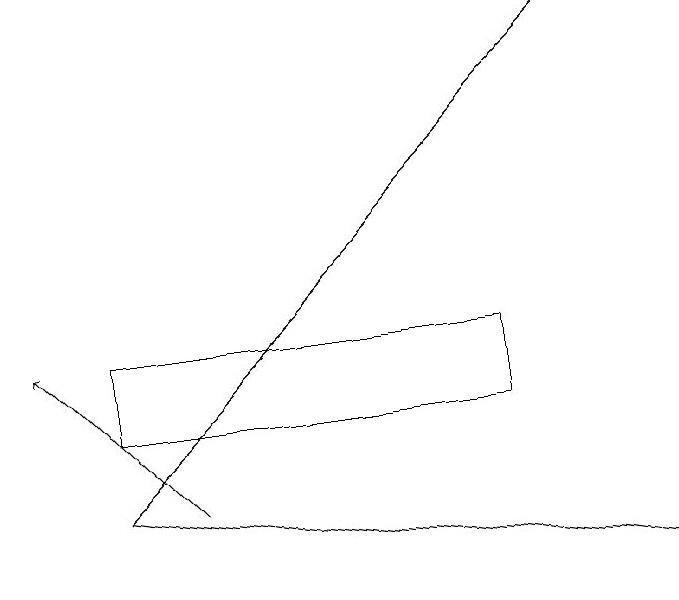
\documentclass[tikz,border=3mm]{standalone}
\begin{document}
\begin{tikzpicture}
\draw[->] (2,13) -- (8,19);
\draw[->] (2,13) -- (9,12);
\draw[->] (3,13) -- (1,15);
\draw (2,14) rectangle (7,15);
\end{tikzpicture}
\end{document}